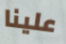
علينا